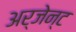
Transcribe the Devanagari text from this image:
अर्जेन्ट